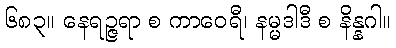
၆၈၃။ နေရဉ္ဇရာ စ ကာဝေရီ၊ နမ္မဒါဒီ စ နိန္နဂါ။